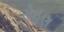
રોહણ